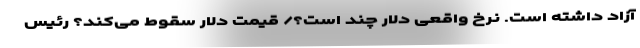
آزاد داشته است. نرخ واقعی دلار چند است؟/ قیمت دلار سقوط می‌کند؟ رئیس